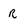
Character: r